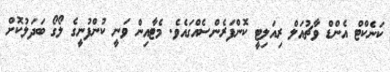
ކަނެކްޓް އެންޑް ވާޗުއަލް ރިއަލިޓީ ކޮންފަރެންސެއްގައެވެ. މެޓާއިން ވަނީ ކުންފުނީގެ ލޯގޯ ބަދަލުކޮށް